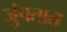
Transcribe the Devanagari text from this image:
जुंपतात